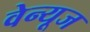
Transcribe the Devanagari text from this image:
वेन्यूज